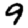
Digit: 9